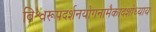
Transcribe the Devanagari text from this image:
विश्वरूपदर्शनयोगनामैकादशोध्याय